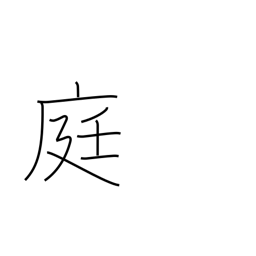
Meaning: courtyard